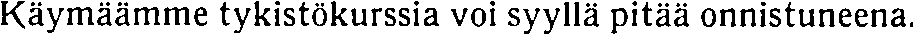
Käymäämme tykistökurssia voi syyllä pitää onnistuneena.